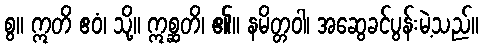
စွ။ ဣတိ ဧဝံ၊ သို့။ ဣစ္ဆတိ၊ ၏။ နမိတ္တဝါ၊ အဆွေခင်ပွန်းမဲ့သည်။